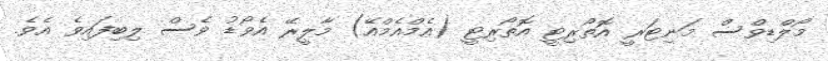
މޯލްޑިވްސް މަނިޓަރީ އޮތޯރިޓީ އޮތޯރިޓީ (އެމްއެމްއޭ) މާލީރޭ އެވޯޑު ވެސް ލިބިފައިވެ އެވެ.